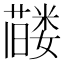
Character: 𬞰